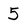
Character: 5